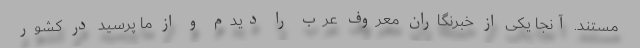
مستند. آنجا یکی از خبرنگاران معروف عرب را دیدم و از ما پرسید در کشور